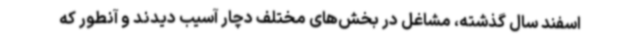
اسفند سال گذشته، مشاغل در بخش‌های مختلف دچار آسیب دیدند و آنطور که